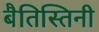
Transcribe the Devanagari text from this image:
बैतिस्तिनी